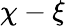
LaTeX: \chi-\xi